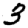
Digit: 3